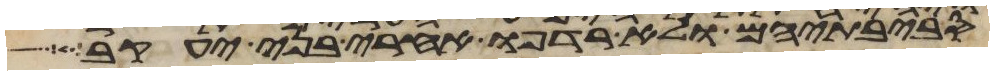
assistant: סביבתיהם ולא רדפו אחרי בני יעקב